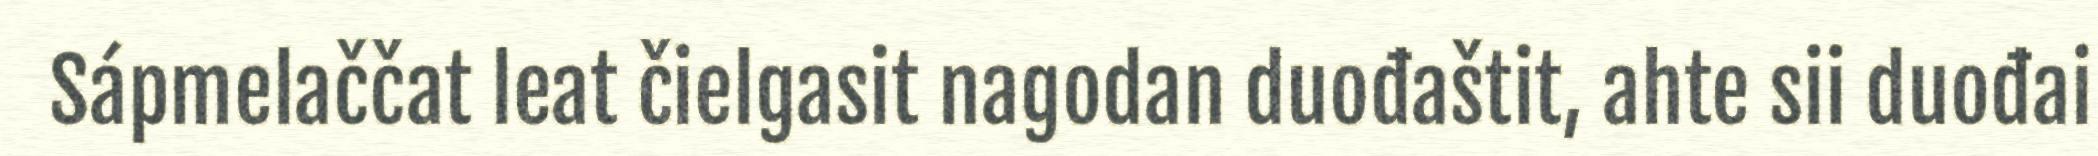
Sápmelaččat leat čielgasit nagodan duođaštit, ahte sii duođai